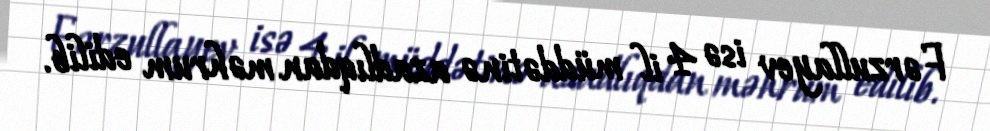
Fərzullayev isə 4 il müddətinə azadlıqdan məhrum edilib.